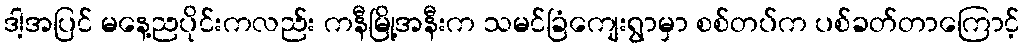
ဒါ့အပြင် မနေ့ညပိုင်းကလည်း ကနီမြို့အနီးက သမင်ခြံကျေးရွာမှာ စစ်တပ်က ပစ်ခတ်တာကြောင့်